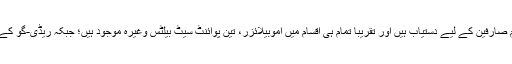
بھارت میں ڈاٹسن ریڈی-گو کی مختلف اقسام صارفین کے لیے دستیاب ہیں اور تقریباً تمام ہی اقسام میں اموبیلائزر، تین پوائنٹ سیٹ بیلٹس وغیرہ موجود ہیں؛ جبکہ ریڈی-گو کے S ویریئنٹ میں ڈرائیور ایئربیگ بھی ہے۔